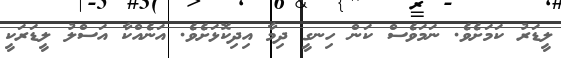
ލީޑަރު ކަމަށެވެ. ނަމަވެސް ކަން ހިނގީ ދިމާ އިދިކޮޅަށެވެ. އަނެއްކާ އަސްލު ލީޑަރަކީ